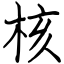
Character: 核